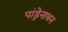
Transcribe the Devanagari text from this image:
पांड्रेनाथन